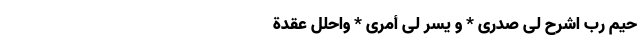
َحِیمِ رَبِّ اشرَح لِی صَدرِی * وَ یَسِّر لِی أَمرِی * وَاحلُل عُقدَةً